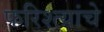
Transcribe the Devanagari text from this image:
फरिश्त्यांचे